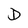
Character: D